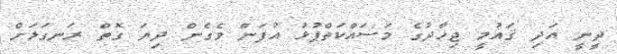
ދީނީ އަދި ޤައުމީ ޖިހާދުގެ މަސައްކަތްޕުޅު އުފަން ވެގެން ދިޔަ ގޮތް ރަނގަޅަށް